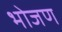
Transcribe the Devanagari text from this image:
भोजण